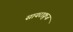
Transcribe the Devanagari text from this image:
सायराक्रुज़